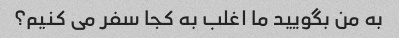
به من بگویید ما اغلب به کجا سفر می کنیم؟